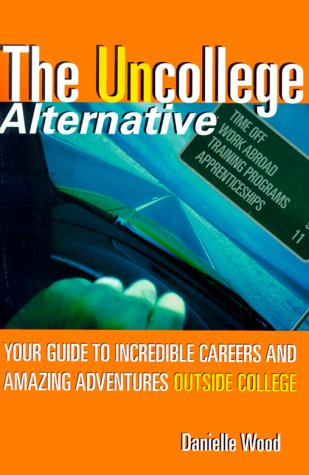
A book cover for The UnCollege Alternative: Your Guide to Incredible Careers and Amazing Adventures Outside College; Danielle Kwatinetz Wood; Business & Money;